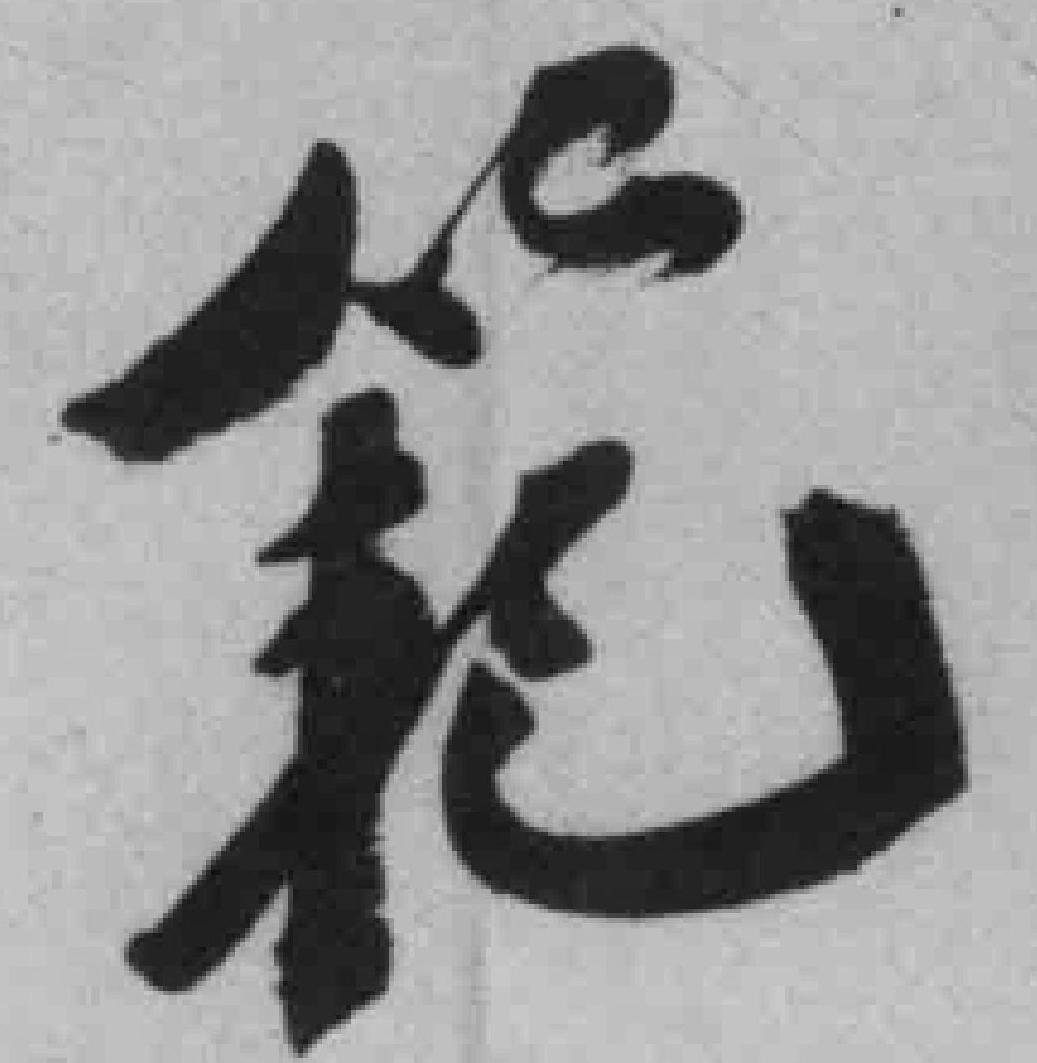
範